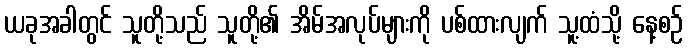
ယခုအခါတွင် သူတို့သည် သူတို့၏ အိမ်အလုပ်များကို ပစ်ထားလျက် သူ့ထံသို့ နေ့စဉ်